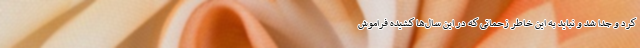
کرد و جدا شد و نباید به این خاطر زحماتی که در این سال‌ها کشیده فراموش